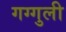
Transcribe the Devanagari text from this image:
गग्गुली